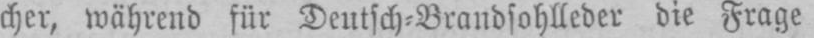
cher, während für Deutsch⸗Brandsohlleder die Frage